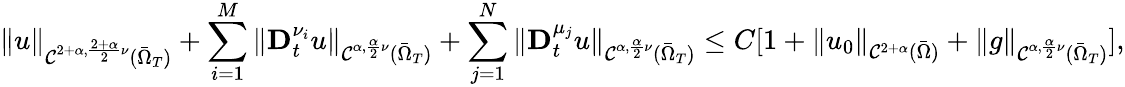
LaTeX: \| u\| _{\mathcal{C}^{2+\alpha,\frac{2+\alpha}{2}\nu}(\bar{\Omega}_{T})}+\sum_{i=1}^{M}\| \mathbf{D}_{t}^{\nu_{i}}u\| _{\mathcal{C}^{\alpha,\frac{\alpha}{2}\nu}(\bar{\Omega}_{T})}+\sum_{j=1}^{N}\| \mathbf{D}_{t}^{\mu_{j}}u\| _{\mathcal{C}^{\alpha,\frac{\alpha}{2}\nu}(\bar{\Omega}_{T})}\leq C[1+\| u_{0}\| _{\mathcal{C}^{2+\alpha}(\bar{\Omega})}+\| g\| _{\mathcal{C}^{\alpha,\frac{\alpha}{2}\nu}(\bar{\Omega}_{T})}],